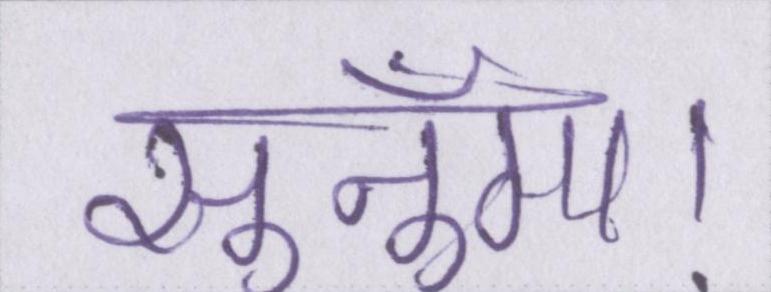
सुनूँगा।